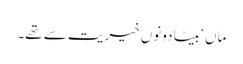
ماں ‘ بیٹا دونوں خیریت سے تھے۔